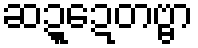
ဆဍ္ဍေတဗ္ဗာ